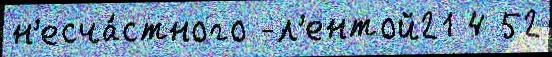
н'есча́стного -л'ентой21 4 52